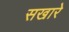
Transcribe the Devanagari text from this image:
सखारे